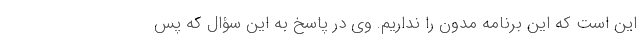
این است که این برنامه مدون را نداریم. وی در پاسخ به این سؤال که پس